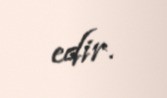
edir.